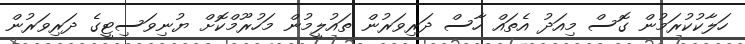
ހަލާކުކުރަމުން ގޮސް މިއަދު އެތައް ހާސް ދަރިވަރުން ތައުލީމުން މަހުރޫމްކޮށް ޔުނިވަސިޓީގެ ދަރިވަރުން